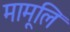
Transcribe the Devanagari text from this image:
मामूलि